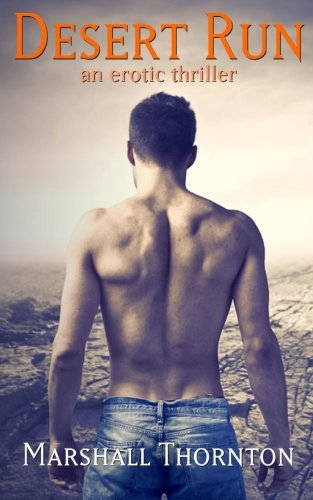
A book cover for Desert Run; Marshall Thornton; Romance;